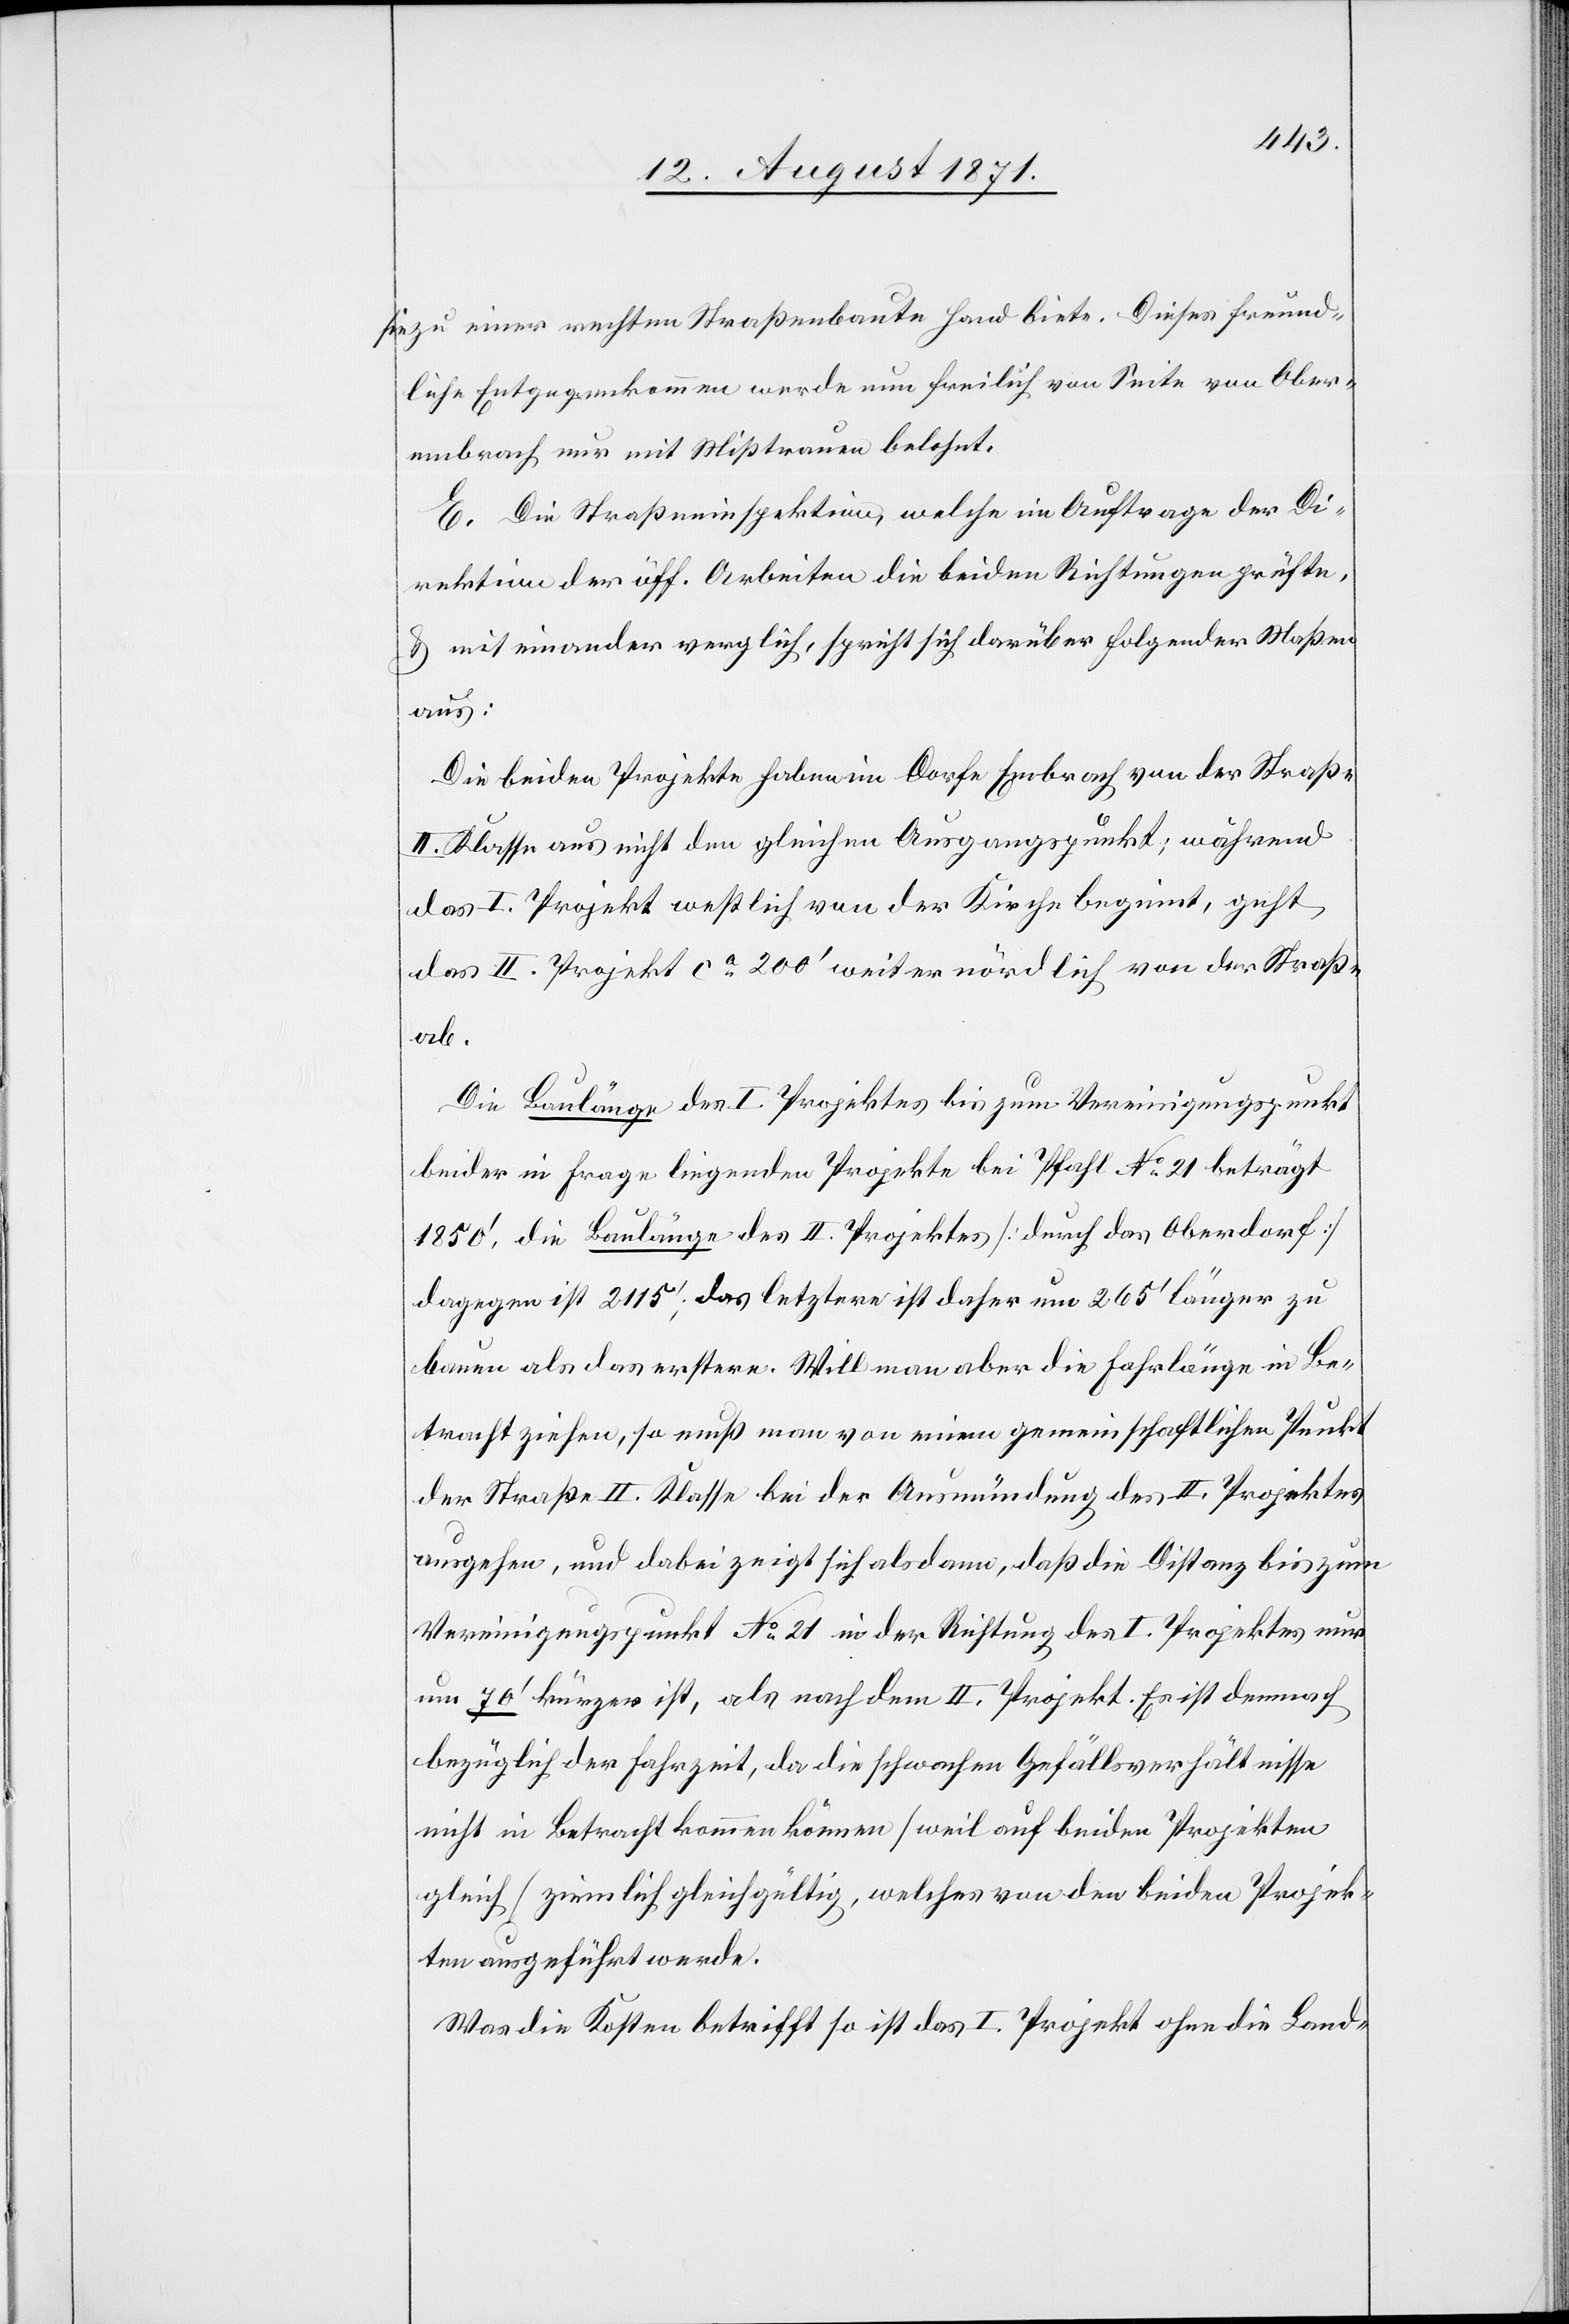
sie zu einer rechten Straßenbaute Hand biete. Dieses freund¬
liche Entgegenkommen wurde nun freilich von Seite von Ober¬
embrach nur mit Misstrauen belohnt.
E. Die Straßeninspektion, welche im Auftrage der Di¬
rektion der öff. Arbeiten die beiden Richtungen prüfte
& mit einander verglich, spricht sich darüber folgender Maßen
aus:
Die beiden Projekte haben im Dorfe Embrach von der Straße
II. Klasse aus nicht den gleichen Ausgangspunkt; während
das I. Projekt westlich von der Kirche beginnt, greift
das II. Projekt ca 200’ weiter nördlich von der Straße
ab.
Die Baulänge des I. Projektes bis zum Vereinigungspunkt
beider in Frage liegender Projekte bei Pfahl No°21 beträgt
1850’, die Baulänge des II. Projektes [durch das Oberdorf]
dagegen ist 2115’; das letztere ist daher um 265’ länger zu
bauen als das erstere. Will man aber die Fahrlänge in Be¬
tracht ziehen, so muß man von einem gemeinschaftlichen Punkt
der Strasse II. Klasse bei der Ausmündung des II. Projektes
ausgehen, und dabei zeigt sich alsdann, daß die Distanz bis zum
Vereinigungspunkt No°21 in der Richtung des I. Projektes nur
um 70’ länger ist, als nach dem II. Projekt. Es ist demnach
bezüglich der Fahrzeit, da die schwachen Gefällsverhältnisse
nicht in Betracht kommen können [weil auf beiden Projekten
gleich] ziemlich gleichgültig, welches von den beiden Projek¬
ten ausgeführt wurde.
Was die Kosten betrifft, so ist das I. Projekt ohne die Land-